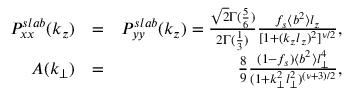
\begin{array} { r l r } { P _ { x x } ^ { s l a b } ( k _ { z } ) } & { = } & { P _ { y y } ^ { s l a b } ( k _ { z } ) = \frac { \sqrt { 2 } \Gamma ( \frac { 5 } { 6 } ) } { 2 \Gamma ( \frac { 1 } { 3 } ) } \frac { f _ { s } \langle b ^ { 2 } \rangle l _ { z } } { [ 1 + ( k _ { z } l _ { z } ) ^ { 2 } ] ^ { \nu / 2 } } , } \\ { A ( k _ { \perp } ) } & { = } & { \frac { 8 } { 9 } \frac { ( 1 - f _ { s } ) \langle b ^ { 2 } \rangle l _ { \perp } ^ { 4 } } { ( 1 + k _ { \perp } ^ { 2 } l _ { \perp } ^ { 2 } ) ^ { ( \nu + 3 ) / 2 } } , } \end{array}